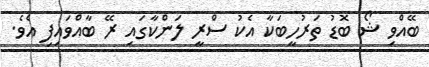
ބޭއްވި ޝޯ ބޮޑު ތަރުހީބަކާ އެކު ސްރީ ލަންކާގައި ރޭ ބާއްވައިފި އެވެ.